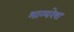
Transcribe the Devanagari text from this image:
भाग्यरेषा